Civil Veterinary Dept. Bombay admin report 1900-1906 - 1900-1906
Year: 1900
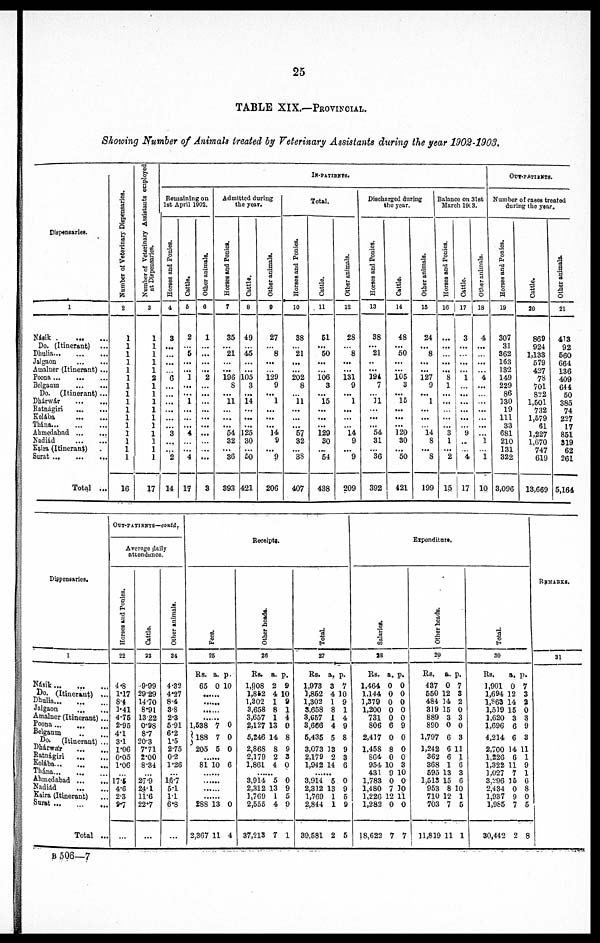
25
TABLE XIX.—PROVINCIAL.
Showing Number of Animals treated by Veterinary Assistants during the year 1902-1903.
Dispensaries.
1
Násik … …
Do. (Itinerant) …
Dhulia … … …
Jalgaon … …
Amalner (Itinerant) ...
Poona … … …
Belgaum … …
Do. (Itinerant) ...
Dhárwár … …
Ratnágivi … …
Kolába … …
Thána … … …
Ahmedabad … …
Kadiád … …
Kaira (Itinerant)
Surat ...
...
...
Total ...
Number of Veterinary Dispensaries.
2
1
1
1
1
1
1
1
1
1
1
1
1
1
1
1
1
16
Number of Veterinary Assistants employed
at Dispensaries.
3
1
1
1
1
1
2
1
1
1
1
1
1
1
1
1
1
17
IN-PATIENTS.
Remaining on
1st April 1002.
Horses and Ponies.
4
3
...
...
...
…
0
...
...
...
...
...
…
3
…
…
2
14
Cattle.
5
2
…
5
...
...
1
...
...
1
...
...
...
4
…
...
4
17
Other animals.
0
1
…
...
...
...
2
…
...
…
...
...
...
...
…
...
...
3
Admitted during
the year.
Horses and Ponies.
7
35
…
21
…
...
196
8
...
11
...
...
...
54
32
...
36
393
Cattle.
8
49
…
45
…
...
105
3
...
14
...
...
...
125
30
50
421
Other animals.
0
27
…
8
...
129
9
...
1
...
...
...
14
9
...
9
206
Total.
Horses and Ponies.
10
38
21
...
...
202
8
...
11
...
...
...
57
32
...
38
407
Cattle.
11
51
...
50
...
...
106
3
...
15
...
...
...
129
30
…
54
438
Other animals.
12
28
…
8
...
...
131
9
...
1
...
…
14
9
...
9
209
Discharged during
the year.
Horses and Ponies.
13
38
...
21
..
...
194
7
…
11
...
...
54
31
...
36
392
Cattle.
14
48
...
50
...
...
105
3
...
15
...
...
...
120
30
...
50
421
Other animals.
15
24
...
8
...
...
127
9
...
1
...
...
14
8
...
8
199
Balance on 31st
March 19(3.
Horses and Ponies.
16
…
...
…
...
...
8
1
...
...
…
...
...
3
1
...
2
15
Cattle.
17
3
...
…
...
...
1
…
…
...
…
…
…
9
..
... 4
17
Other animals.
18
4
...
…
...
…
4
...
…
…
...
…
...
…
1
…
1
10
OUT-PATIENTS.
Number of cases treated
during the year.
Horses and Ponies.
19
307
31
362
163
132
149
229
86
130
19
111
33
681
210
131
322
3,096
Cattle.
20
869
924
1,133
579
427
78
701
822
1,501
732
1,579
61
1,227
1,670
747
619
13,669
Other animals.
21
413
92
560
664
136
409
644
50
385
74
227
17
851
319
62
261
5,164
Dispensaries.
1
Násik … … …
Do. (Itinerant) ...
Dhulia … … …
Jalgaon … …
Amalner (Itinerant)...
Poona … … …
Belgaum … …
Do. (Itinerant) …
Dhárwár … …
Ratnágiri … …
Kolába … … …
Thána … … …
Ahmedabad … …
Nadiád … …
Kaira (Itinerant) …
Surat … … …
Total ...
OUT-PATIENTS—contd.
Average daily
attendance.
Horses and Ponies.
22
4.8
1.17
8.4
1.41
4.75
2.95
4.1
3.1
1.06
0.05
1.06
…
17.5
4.6
2.3
9.7
…
Cattle.
23
9.99
29.29
14.70
8.91
1322
0.98
8.7
20.3
7.71
2.00
8.34
…
279
24.1
11.6
22.7
…
Other animals.
24
4.32
4.27
8.4
3.8
2.3
5.91
6.2
1.5
2.75
0.2
1.26
…
1,6.7
5.1
1.1
6.8
…
Receipts.
Fees.
25
Rs. a. p.
65 0 10
……
……
……
……
1,538 7 0
188
7 0
205 5 0
……
81 10 6
……
……
……
……
288 13 0
2,367 11 4
Other heads.
20
Rs. a. p.
1,908 2 9
1,862 4 10
1,302 1 9
3,658 8 1
3,657 1 4
2,127 13 0
5,246 14 8
2,868 8 9
2,179 2 3
1,861 4 0
……
3,914 5 0
2,312 13 9
1,769 1 5
2,555 4 9
37,213 7 1
Total.
27
Rs. a. p.
1,973 3 7
1,852 4 10
1,302 1 9
3,658 8 1
3,657 1 4
3,666 4 9
5,435 5 8
3,073 13 9
2,179 2 3
1,942 14 6
…
3,914 5 0
2,312 13 9
1,769 1 5
2,844 1 9
39,581 2 5
Expenditure.
Salaries.
38
Rs. a. p.
1,464 0 0
1,144 0 0
1,379 0 0
1,200 0 0
731 0 0
806 6 9
2,417 0 0
1.458 8 0
864 0 0
954 10 3
431 9 10
1,783 0 0
1,480 7 10
1,226 12 11
1,282 0 0
18,622 7 7
Other heads.
20
Rs. a. p.
437 0 7
550 12 3
484 14 2
319 15 0
889 3 3
890 0 0
1,797 6 3
1,242 6 11
362 6 1
368 1 6
595 13 3
1,513 15 6
953 8 10
710 12 1
703 7 5
11,819 11 1
Total.
30
Rs.
a, p.
1,901 0 7
1,694 12 3
1,863 14 2
1,519 15 0
1,620 3 3
1,696 6 9
4,214 6 3
2,700 14 11
1,226 6 1
1,322 11 9
1,027 7 1
3,296 15 6
2,434 0 8
1,937 9 0
1,985 7 5
30,442 2 8
REMARKS.
31
B 506—7